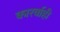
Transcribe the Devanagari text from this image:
कारर्वाही